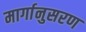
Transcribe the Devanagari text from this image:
मार्गानुसरण